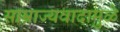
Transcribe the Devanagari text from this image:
साम्राज्यवादामुळे